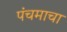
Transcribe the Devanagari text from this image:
पंचमाचा